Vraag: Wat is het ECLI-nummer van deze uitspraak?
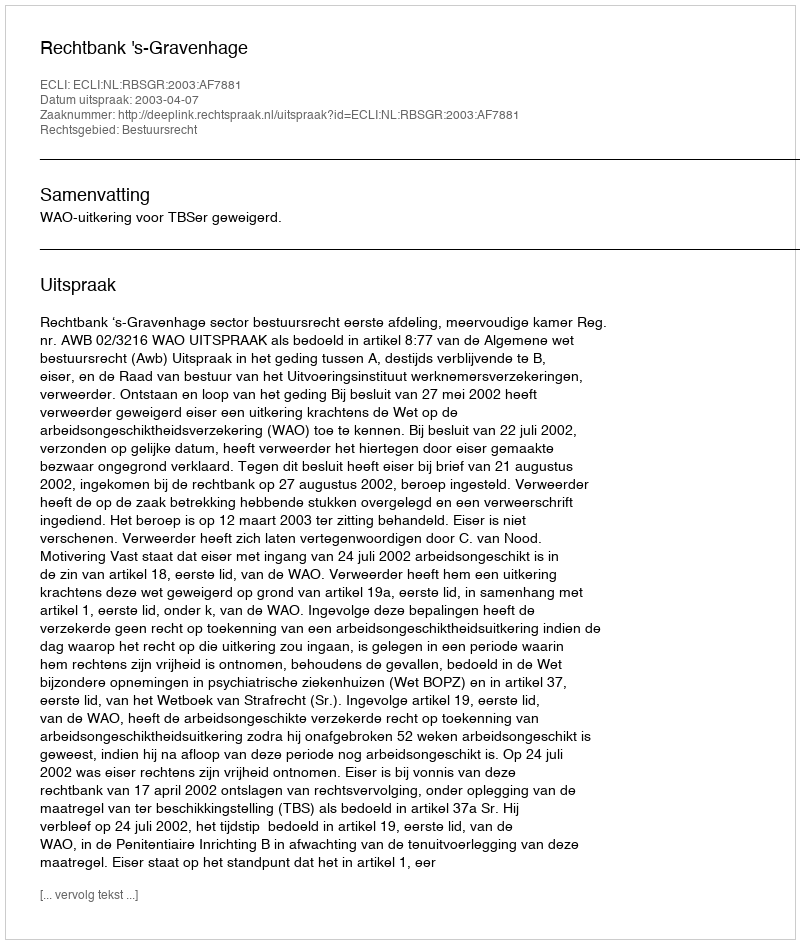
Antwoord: ECLI:NL:RBSGR:2003:AF7881